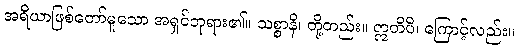
အရိယာဖြစ်တော်မူသော အရှင်ဘုရား၏။ သစ္စာနိ၊ တို့တည်း။ ဣတိပိ၊ ကြောင့်လည်း။